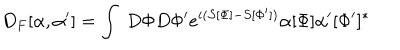
LaTeX: D _ { F } [ \alpha , \alpha ^ { \prime } ] = \int ~ D \Phi D \Phi ^ { \prime } e ^ { i ( S [ \Phi ] - S [ \Phi ^ { \prime } ] ) } \alpha [ \Phi ] \alpha ^ { \prime } [ \Phi ^ { \prime } ] ^ { * }